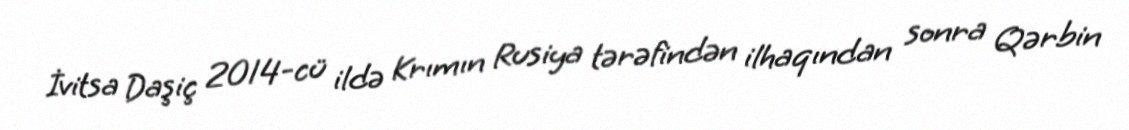
İvitsa Daşiç 2014-cü ildə Krımın Rusiya tərəfindən ilhaqından sonra Qərbin